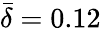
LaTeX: \bar{\delta}=0.12